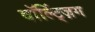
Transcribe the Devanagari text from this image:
वॉल्ट्ज़िंग